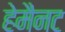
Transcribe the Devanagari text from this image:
हेमैनट